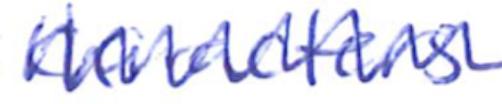
Text: characters
Cross-out: zig-zag
Writing tool: ballpoint